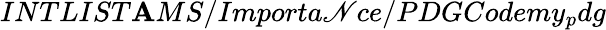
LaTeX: INTLIST\mathbf{A}MS/Importa\mathscr{N}ce/PDGCodemy_{p}dg